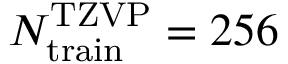
N _ { \mathrm { t r a i n } } ^ { \mathrm { T Z V P } } = 2 5 6